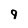
Character: 9